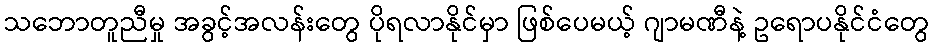
သဘောတူညီမှု အခွင့်အလန်းတွေ ပိုရလာနိုင်မှာ ဖြစ်ပေမယ့် ဂျာမဏီနဲ့ ဥရောပနိုင်ငံတွေ